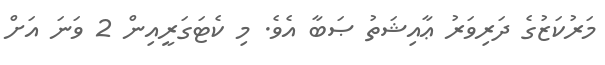
މަރުކަޒުގެ ދަރިވަރު ޢާއިޝަތު ޞަބާ އެވެ. މި ކެޓަގަރީއިން 2 ވަނަ އަށް